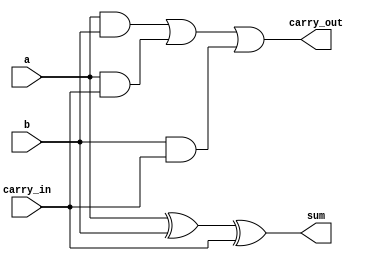
module adder_bit(	input a,
			input b,
			input carry_in,
			output sum,
			output carry_out);

	wire m, ab, ac, bc;

	xor xor1(m, a, b);
	xor xor2(sum, m, carry_in);

	and and1(ab, a, b);
	and and2(ac, a, carry_in);
	and and3(bc, b, carry_in);
	or or1(carry_out, ab, ac, bc);

endmodule